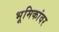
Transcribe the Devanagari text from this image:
भूमिकांवर